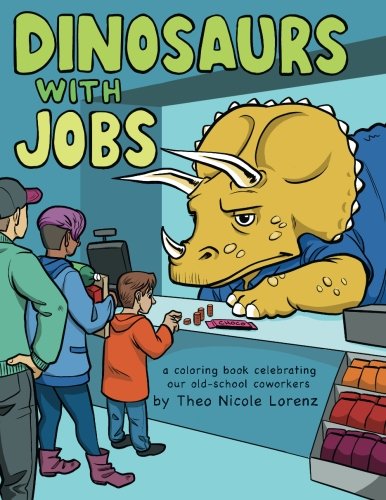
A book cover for Dinosaurs With Jobs: a coloring book celebrating our old-school coworkers; Theo Nicole Lorenz; Science Fiction & Fantasy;